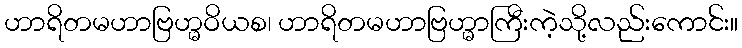
ဟာရိတမဟာဗြဟ္မဝိယစ၊ ဟာရိတမဟာဗြဟ္မာကြီးကဲ့သို့လည်းကောင်း။